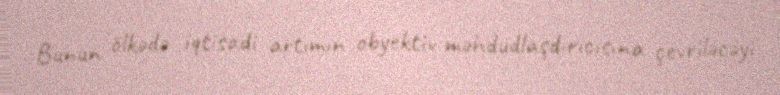
Bunun ölkədə iqtisadi artımın obyektiv məhdudlaşdırıcısına çevriləcəyi